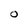
Character: O